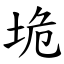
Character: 垝